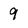
Character: 9